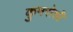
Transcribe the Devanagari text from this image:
कुमरोशी